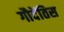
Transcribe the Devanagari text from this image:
गौदेंतिस